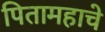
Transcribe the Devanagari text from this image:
पितामहाचे